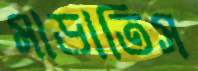
মাড়াতিস